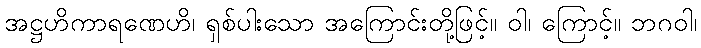
အဋ္ဌဟိကာရဏေဟိ၊ ရှစ်ပါးသော အကြောင်းတို့ဖြင့်။ ဝါ၊ ကြောင့်။ ဘဂဝါ၊